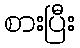
စားပြီး